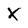
Character: K